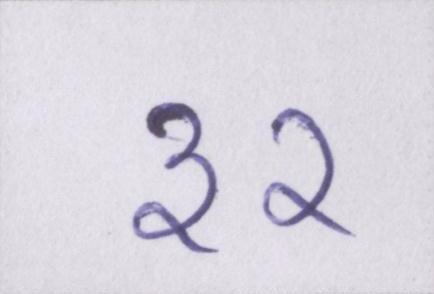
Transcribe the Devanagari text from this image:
३२